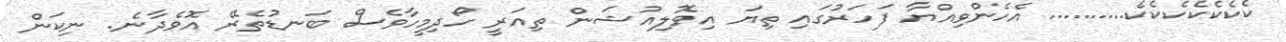
ކެކެކެކެކެކެކެ.......... އެހެންވިއްޔާ ފަހަރުގައި ތިޔަ އިވޮލިއުޝަން ތިއަރީ ހޯދިމީހާވެސް ބަނޑުތެރޭ އޮވެދާނެ. ނިކަން